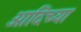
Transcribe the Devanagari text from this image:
आदिंच्या